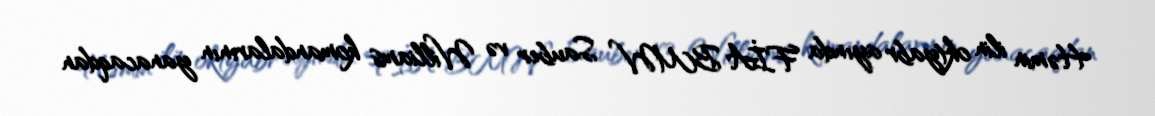
Həmin ilin oktyabr ayında FİA BMW Sauber və Williams komandalarının yanacaqdan